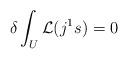
LaTeX: \begin{align*}\delta\int_U\mathcal{L}(j^1s)=0\end{align*}